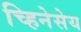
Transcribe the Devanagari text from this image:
च्हिनेसेय